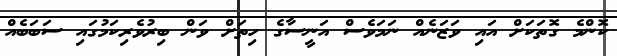
ކޮންމެ ގޮތަކަށް އައި ވަޒަނެއް ނަމަވެސް އަނީސާގެ ހިތަށް ވަން ބިރުވެރިކަމުގައި ސަބަބެއް